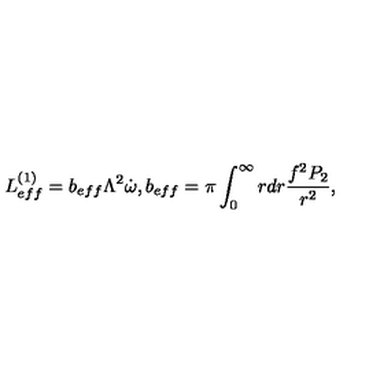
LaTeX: L _ { e f f } ^ { ( 1 ) } = b _ { e f f } \Lambda ^ { 2 } \dot { \omega } , b _ { e f f } = \pi \int _ { 0 } ^ { \infty } r d r \frac { f ^ { 2 } P _ { 2 } } { r ^ { 2 } } ,